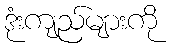
ဒုံးကျည်များကို